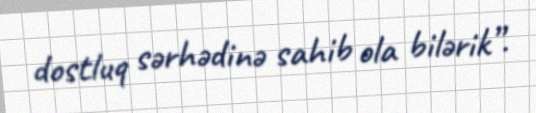
dostluq sərhədinə sahib ola bilərik”.